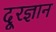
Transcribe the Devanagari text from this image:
दूरज्ञान